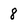
Character: 8